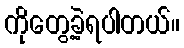
ကိုတွေ့ခဲ့ရပါတယ်။